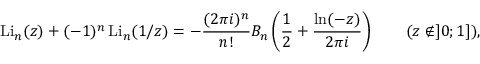
\operatorname { L i } _ { n } ( z ) + ( - 1 ) ^ { n } \operatorname { L i } _ { n } ( 1 / z ) = - { \frac { ( 2 \pi i ) ^ { n } } { n ! } } B _ { n } \left( { \frac { 1 } { 2 } } + { \frac { \ln ( - z ) } { 2 \pi i } } \right) \qquad ( z \not \in ] 0 ; 1 ] ) ,